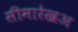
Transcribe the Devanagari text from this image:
सीमारेखअ